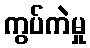
ကွပ်ကဲမှု